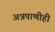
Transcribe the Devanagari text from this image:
अन्नपाणीही